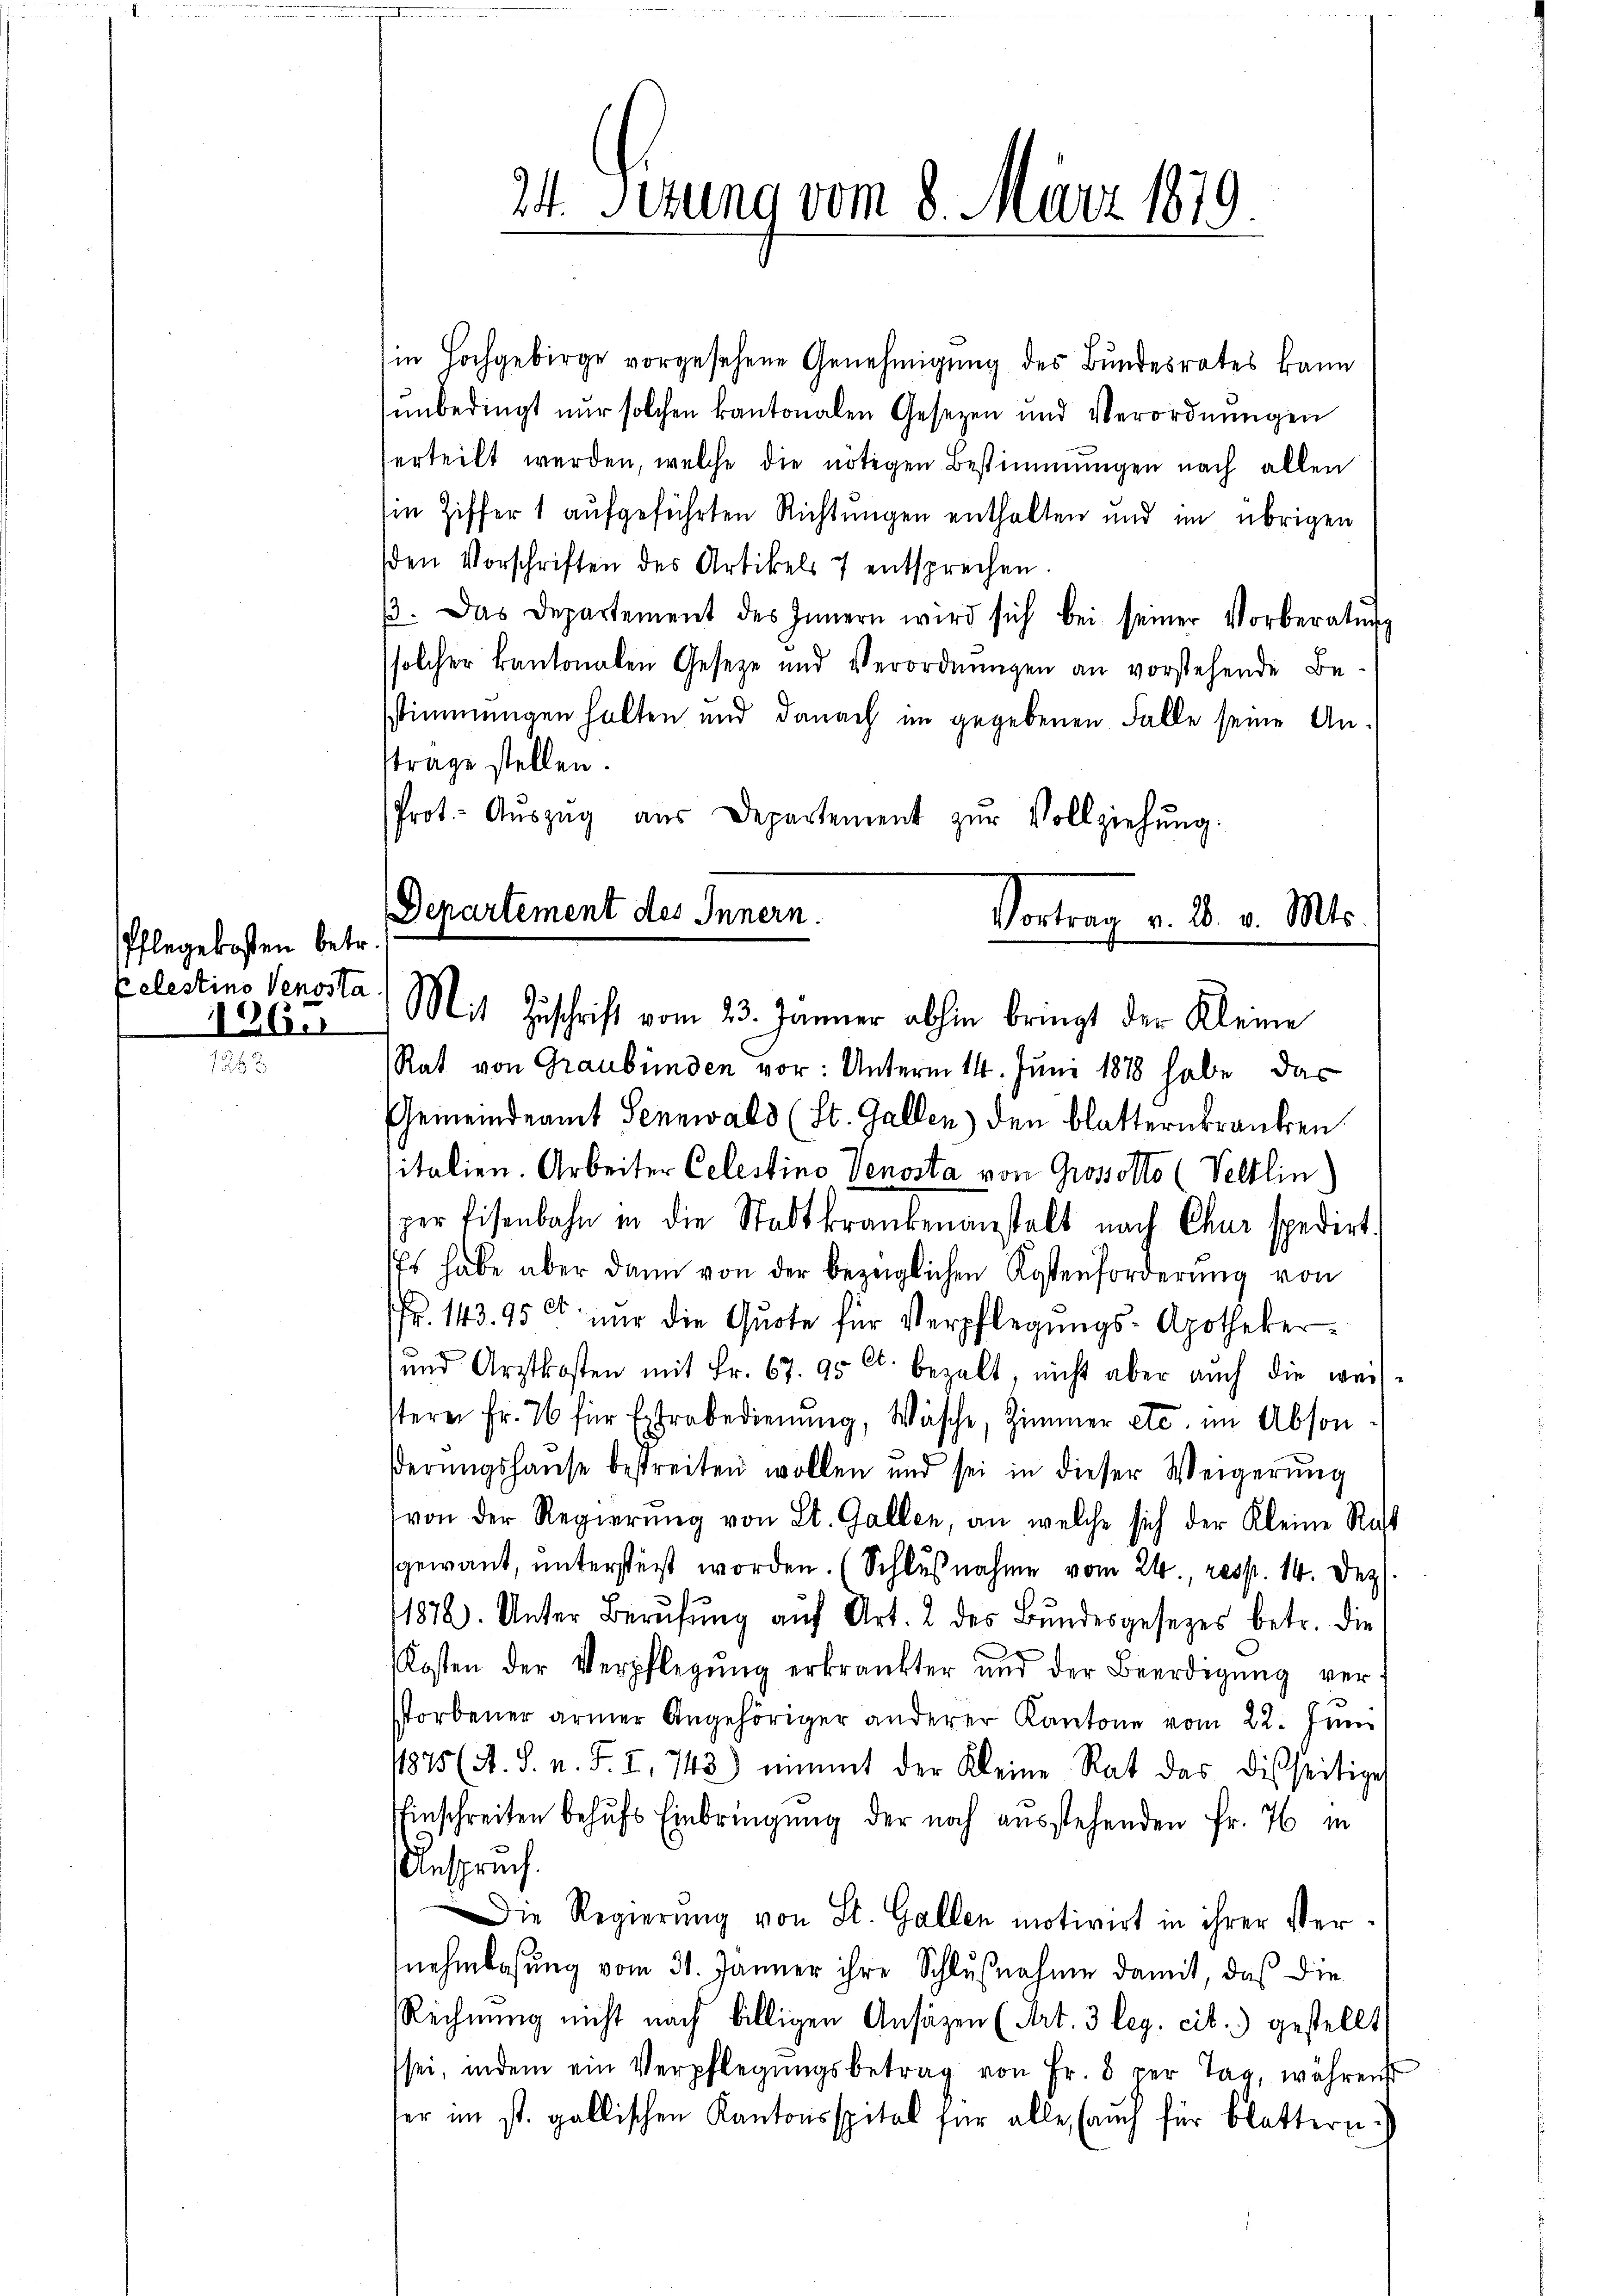
Pflegekosten betr.
pelestino Venosta
1265

24. Serung vom 8. März 1879

in Hochgebirge vorgesehene Genehmigung des Bundesrates kann
unbedingt nur solchen kantonalen Gesetzen und Verordnungen
erteilt werden, welche die nötigen Bestimmungen nach allen
Ein Ziffer 1 aufgeführten Richtungen enthalten und im übrigen
den Vorschriften des Artikels 7 entsprechen
/3. Das Departement des Innern wird sich bei seiner Vorberaten
solcher kantonalen Geseze und Verordnŭngen an vorstehende Be-
sstimmungen halten und danach im gegebenen Falle seine An-
strage stellen.
Prot. Aŭszŭg aŭs Departement zŭr Vollziehŭng:

Departement des Innern.
Vortrag v. 2. v. Mts.

) Mit Zuschrift vom 23. Jänner abhin bringt der Kleine
Rat von Graubünden vor: Unterm 14. Juni 1878 habe das
Gemeindeamt Sennwald (St. Gallen) den blatternkranken
italien. Arbeiter Celestino Venosta von Grosotto (Veltlin
zer Eisenbahn in die Stadtkrankenanstalt nach Chur spedirt.
Es habe aber dann von der bezeiglichen Kostenforderung von
Fr. 143. 95 et nur die Quote für Verpflegungs-Apotheker¬
und Arztkosten mit Fr. 67. 95 Cts. bezalt, nicht aber auch die weis-
stere Fr. 26 für Extrabedienung, Wäsche, Zimmer etc. im Abson
derŭngshause bestreiten wollen und sei in dieser Weigerŭng
von der Regierŭng von St. Gallen, an welche sich der Kleine Recht
sgewant, unterstert worden. (Schlŭβnahme vom 24., resp. 14. Dez.
1812. Unter Berŭfŭng aŭf Art. 2 des Bŭndesgesezes betr. die
Kosten der Verpflegŭng erkränkter und der Beerdigŭng ver-
storbener armer Angehöriger anderer Kantone vom 22. Juni
1875 (A. S. n. F. I. 742) nimmt der Kleine Rat das disseitiger
Einschreiten behufs Einbringung der noch ausstehenden Fr. 76 in
Anspruch.
Die Regierung von St. Gallen motivirt in ihrer Vernehmbasung vom 31. Jänner ihre Schlußnahme damit, daß die
Rechnung nicht nach billigen Ansätzen (Art. 3 leg. cit.) gestellt
sei, indem ein Verpflegungsbetrag von Fr. 8 per Tag, währenst
er im st. gallischen Kantonsspital für alle (auch für Blattern